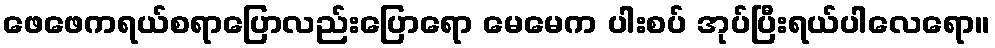
ဖေဖေကရယ်စရာပြောလည်းပြောရော မေမေက ပါးစပ် အုပ်ပြီးရယ်ပါလေရော။